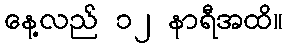
နေ့လည် ၁၂ နာရီအထိ။